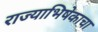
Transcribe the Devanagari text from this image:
राज्याभिषेकाचा